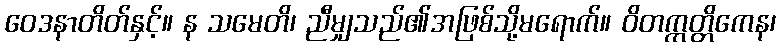
ဝေဒနာတိတ်နှင့်။ န သမေတိ၊ ညီမျှသည်၏အဖြစ်သို့မရောက်။ ဝိတက္ကတ္တိကေန၊